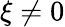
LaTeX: \xi\neq 0